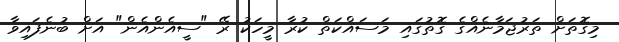
މިގޮތަށް ތަރުޖަމާނެއްގެ ގޮތުގައި މަސައްކަތް ކުރާ މީހަކު ރޭ "ސީއެންއެން" އަށް ބުނެފައިވާ